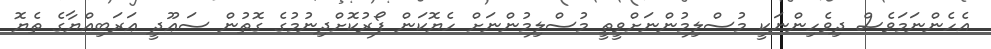
އެހެންނަމަވެސް ދިވެހިންނަކީ މުސްލިމުންނަށްވީތީ މުސްލިމުންނަށް ހެޔޮކަން ފޯރުކޮށްދިނުމުގެ ގޮތުން ސަޢޫދީ ޢަރަބިއްޔާގެ ތެޔޮ